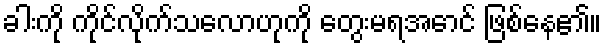
ခါးကို ကိုင်လိုက်သလောဟုကို တွေးမရအောင် ဖြစ်နေ၏။